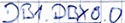
Text: DB1.DBX0.0